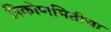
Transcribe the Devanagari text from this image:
त्रिकोणमितीचा